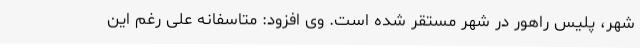
شهر، پلیس راهور در شهر مستقر شده است. وی افزود: متاسفانه علی رغم این